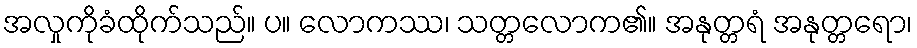
အလှုကိုခံထိုက်သည်။ ပ။ လောကဿ၊ သတ္တလောက၏။ အနုတ္တရံ အနုတ္တရော၊